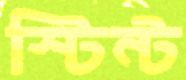
স্টিন্ট